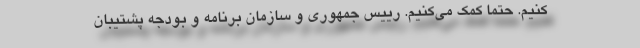
کنیم. حتما کمک می‌کنیم. رییس جمهوری و سازمان برنامه و بودجه پشتیبان